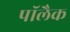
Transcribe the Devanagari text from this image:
पॉलैक